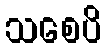
သစေပိ